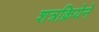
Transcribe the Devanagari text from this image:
शत्रक्रियेने